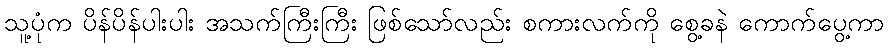
သူ့ပုံက ပိန်ပိန်ပါးပါး အသက်ကြီးကြီး ဖြစ်သော်လည်း စကားလက်ကို စွေ့ခနဲ ကောက်ပွေ့ကာ